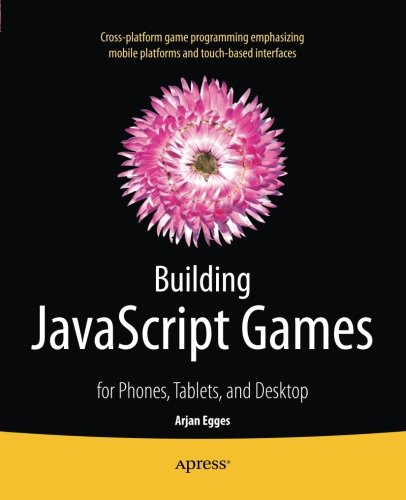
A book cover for Building JavaScript Games: for Phones, Tablets, and Desktop; Arjan Egges; Computers & Technology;